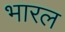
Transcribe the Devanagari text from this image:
भारल